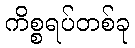
ကိစ္စရပ်တစ်ခု